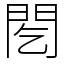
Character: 䦍